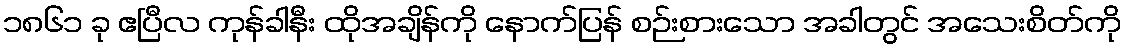
၁၈၆၁ ခု ဧပြီလ ကုန်ခါနီး ထိုအချိန်ကို နောက်ပြန် စဉ်းစားသော အခါတွင် အသေးစိတ်ကို